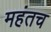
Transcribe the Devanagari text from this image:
महंतच